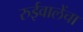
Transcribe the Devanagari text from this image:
रुईवालेंचा